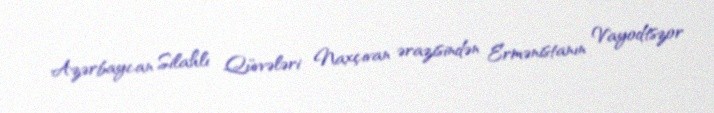
Azərbaycan Silahlı Qüvvələri Naxçıvan ərazisindən Ermənistanın Vayodtszor